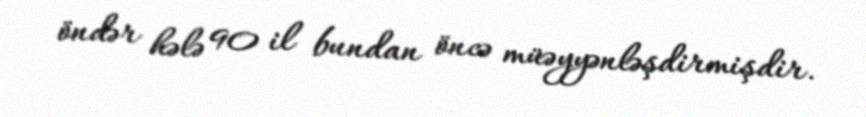
öndər hələ 90 il bundan öncə müəyyənləşdirmişdir.